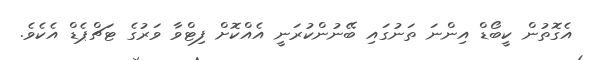
އެގޮތުން ކީބޯޑް އިންނަ ތަނުގައި ބޭނުންކުރަނީ އެއްކޮށް ފިޓްވާ ވަރުގެ ޓަޗްޕެޑް އެކެވެ.